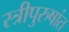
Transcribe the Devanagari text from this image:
स्त्रीपुरुषांत